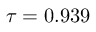
\tau = 0 . 9 3 9